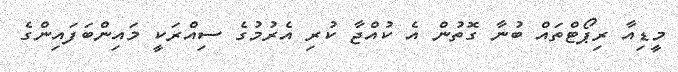
މީޑިއާ ރިޕޯޓްތައް ބުނާ ގޮތުން އެ ކުއްޖާ ކުރި އެރުމުގެ ސިއްރަކީ މައިންބަފައިންގެ